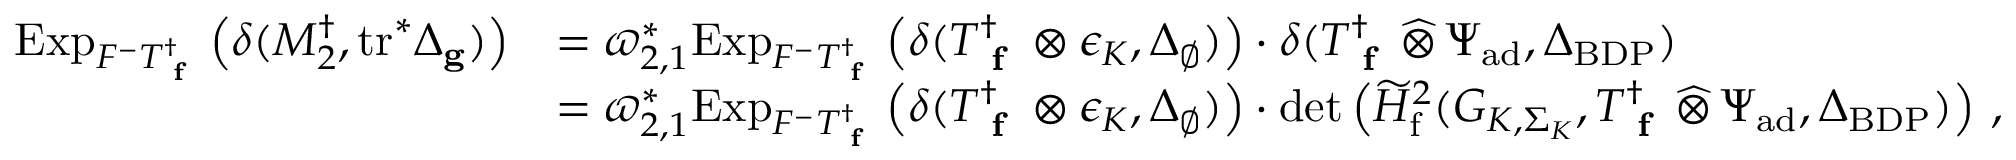
\begin{array} { r } { \begin{array} { r l } { \mathrm { E x p } _ { F ^ { - } T _ { \textup { \bf f } } ^ { \dagger } } \left( \delta ( M _ { 2 } ^ { \dagger } , \mathrm { t r } ^ { * } \Delta _ { \mathbf { g } } ) \right) } & { = \varpi _ { 2 , 1 } ^ { * } \mathrm { E x p } _ { F ^ { - } T _ { \textup { \bf f } } ^ { \dagger } } \left( \delta ( T _ { \textup { \bf f } } ^ { \dagger } \otimes \epsilon _ { K } , \Delta _ { \emptyset } ) \right) \cdot \delta ( T _ { \textup { \bf f } } ^ { \dagger } \, \widehat \otimes \, \Psi _ { \mathrm { a d } } , \Delta _ { \mathrm { B D P } } ) } \\ & { = \varpi _ { 2 , 1 } ^ { * } \mathrm { E x p } _ { F ^ { - } T _ { \textup { \bf f } } ^ { \dagger } } \left( \delta ( T _ { \textup { \bf f } } ^ { \dagger } \otimes \epsilon _ { K } , \Delta _ { \emptyset } ) \right) \cdot \operatorname* { d e t } \left( \widetilde { H } _ { \mathrm { f } } ^ { 2 } ( G _ { K , \Sigma _ { K } } , T _ { \textup { \bf f } } ^ { \dagger } \, \widehat \otimes \, \Psi _ { \mathrm { a d } } , \Delta _ { \mathrm { B D P } } ) \right) \, , } \end{array} } \end{array}